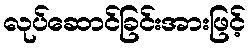
လုပ်ဆောင်ခြင်းအားဖြင့်